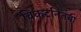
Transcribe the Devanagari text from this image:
विकटनितंबा